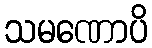
သမဏောပိ